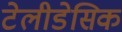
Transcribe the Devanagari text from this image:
टेलीडेसिक